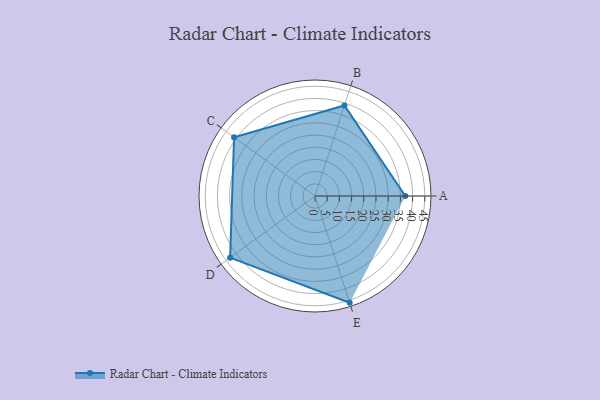
{"axis": {"x": "Skill", "y": "Score"}, "legend": ["Profile"], "data": [{"x": "A", "y": 37.0, "type": "Profile"}, {"x": "B", "y": 39.0, "type": "Profile"}, {"x": "C", "y": 41.0, "type": "Profile"}, {"x": "D", "y": 43.0, "type": "Profile"}, {"x": "E", "y": 46.0, "type": "Profile"}]}